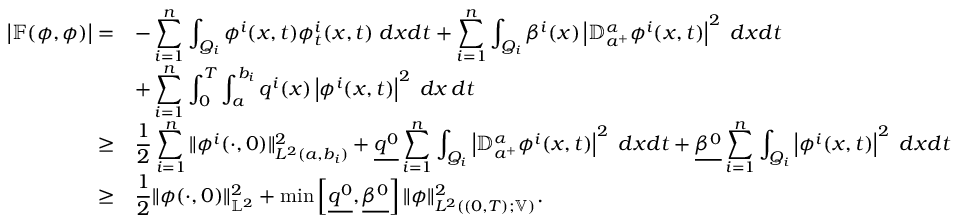
\begin{array} { r l } { \left| \mathbb { F } ( \phi , \phi ) \right| = } & { - \displaystyle \sum _ { i = 1 } ^ { n } \int _ { Q _ { i } } \phi ^ { i } ( x , t ) \phi _ { t } ^ { i } ( x , t ) \; d x d t + \displaystyle \sum _ { i = 1 } ^ { n } \int _ { Q _ { i } } \beta ^ { i } ( x ) \left| { \mathbb D } _ { a ^ { + } } ^ { \alpha } \phi ^ { i } ( x , t ) \right| ^ { 2 } \; d x d t } \\ & { + \displaystyle \sum _ { i = 1 } ^ { n } \int _ { 0 } ^ { T } \int _ { a } ^ { b _ { i } } q ^ { i } ( x ) \left| \phi ^ { i } ( x , t ) \right| ^ { 2 } \; d x \, d t } \\ { \geq } & { \displaystyle \frac 1 2 \sum _ { i = 1 } ^ { n } \| \phi ^ { i } ( \cdot , 0 ) \| _ { L ^ { 2 } ( a , b _ { i } ) } ^ { 2 } + \displaystyle \underline { { q ^ { 0 } } } \sum _ { i = 1 } ^ { n } \int _ { Q _ { i } } \left| { \mathbb D } _ { a ^ { + } } ^ { \alpha } \phi ^ { i } ( x , t ) \right| ^ { 2 } \; d x d t + \displaystyle \underline { { \beta ^ { 0 } } } \sum _ { i = 1 } ^ { n } \int _ { Q _ { i } } \left| \phi ^ { i } ( x , t ) \right| ^ { 2 } \; d x d t } \\ { \geq } & { \displaystyle \frac 1 2 \| \phi ( \cdot , 0 ) \| _ { \mathbb { L } ^ { 2 } } ^ { 2 } + \displaystyle \operatorname* { m i n } \left[ \underline { { q ^ { 0 } } } , \underline { { \beta ^ { 0 } } } \right] \displaystyle \| \phi \| _ { L ^ { 2 } ( ( 0 , T ) ; \mathbb { V } ) } ^ { 2 } . } \end{array}